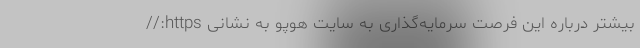
بیشتر درباره این فرصت سرمایه‌گذاری به سایت هوپو به نشانی https://